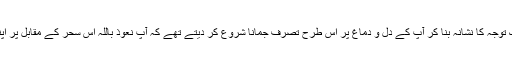
اور یہ کہ وہ آپؐ کو اپنی ناپاک توجہ کا نشانہ بنا کر آپؐ کے دل و دماغ پر اس طرح تصرف جمانا شروع کر دیتے تھے کہ آپؐ نعوذ باللہ اس سحر کے مقابل پر اپنے آپ کو بے بس پاتے تھے۔